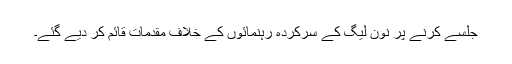
جلسے کرنے پر نون لیگ کے سرکردہ رہنمائوں کے خلاف مقدمات قائم کر دیے گئے۔